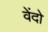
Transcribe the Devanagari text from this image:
वेंदो